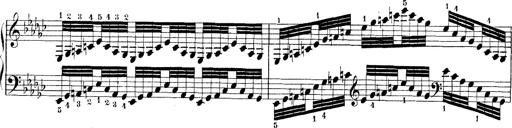
Title: Technische Studien
Composer: Franz Liszt